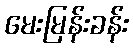
မေးမြန်းခန်း